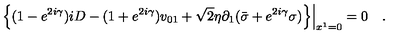
\left. \left\{ ( 1 - e ^ { 2 i \gamma } ) i D - ( 1 + e ^ { 2 i \gamma } ) v _ { 0 1 } + { \sqrt 2 } \eta \partial _ { 1 } ( { \bar { \sigma } } + e ^ { 2 i \gamma } \sigma ) \right\} \right| _ { x ^ { 1 } = 0 } = 0 \quad .